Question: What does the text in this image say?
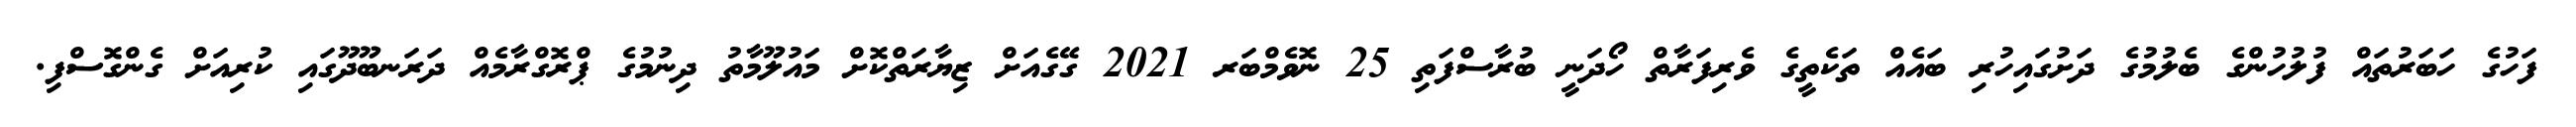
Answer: ފަހުގެ ހަބަރުތައް ފުލުހުންގެ ބެލުމުގެ ދަށުގައިހުރި ބައެއް ތަކެތީގެ ވެރިފަރާތް ހޯދަނީ ބުރާސްފަތި 25 ނޮވެމްބަރ 2021 ގޭގެއަށް ޒިޔާރަތްކޮށް މައުލޫމާތު ދިނުމުގެ ޕްރޮގްރާމެއް ދަރަނބޫދޫގައި ކުރިއަށް ގެންގޮސްފި.